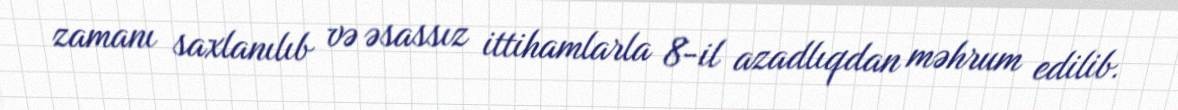
zamanı saxlanılıb və əsassız ittihamlarla 8-il azadlıqdan məhrum edilib.